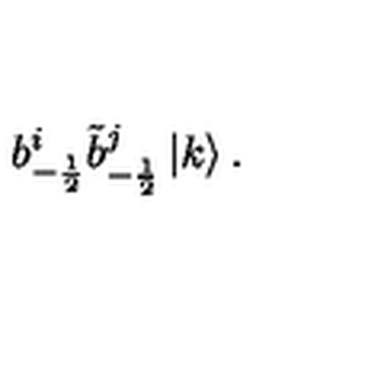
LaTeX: b _ { - \frac { 1 } { 2 } } ^ { i } \tilde { b } _ { - \frac { 1 } { 2 } } ^ { j } \left| k \right> .